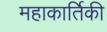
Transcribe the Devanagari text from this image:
महाकार्तिकी